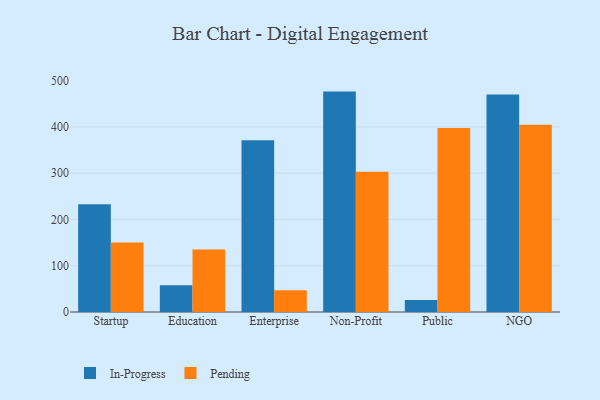
{"axis": {"x": "Segment", "y": "Net Income (USD K)"}, "legend": ["In-Progress", "Pending"], "data": [{"x": "Startup", "y": 232.9, "type": "In-Progress"}, {"x": "Startup", "y": 150.0, "type": "Pending"}, {"x": "Education", "y": 58.0, "type": "In-Progress"}, {"x": "Education", "y": 134.8, "type": "Pending"}, {"x": "Enterprise", "y": 371.3, "type": "In-Progress"}, {"x": "Enterprise", "y": 47.2, "type": "Pending"}, {"x": "Non-Profit", "y": 476.3, "type": "In-Progress"}, {"x": "Non-Profit", "y": 302.9, "type": "Pending"}, {"x": "Public", "y": 26.1, "type": "In-Progress"}, {"x": "Public", "y": 397.6, "type": "Pending"}, {"x": "NGO", "y": 470.2, "type": "In-Progress"}, {"x": "NGO", "y": 404.5, "type": "Pending"}]}